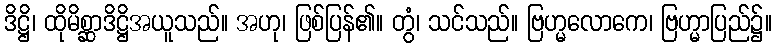
ဒိဋ္ဌိ၊ ထိုမိစ္ဆာဒိဋ္ဌိအယူသည်။ အဟု၊ ဖြစ်ပြန်၏။ တွံ၊ သင်သည်။ ဗြဟ္မလောကေ၊ ဗြဟ္မာပြည်၌။